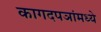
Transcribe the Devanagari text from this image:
कागदपञांमध्ये